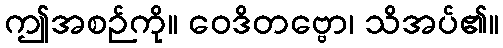
ဤအစဉ်ကို။ ဝေဒိတဗ္ဗော၊ သိအပ်၏။